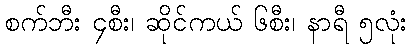
စက်ဘီး ၄စီး၊ ဆိုင်ကယ် ၆စီး၊ နာရီ ၅လုံး